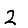
Digit: 2